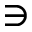
\ni